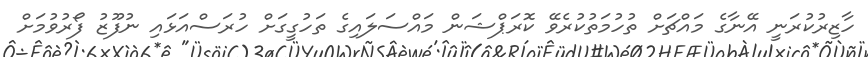
ހާޒިރުކުރަނީ އޭނާގެ މައްޗަށް ތުހުމަތުކުރެވޭ ކޮރަޕްޝަން މައްސަލައިގެ ތަހުގީގަށް ހުރަސްއަޅައި ނުފޫޒު ފޯރުވުމަށް